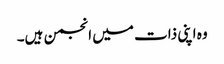
وہ اپنی ذات میں انجمن ہیں۔